Vaccine operations Central Provinces & Berar 1912-1920 - 1912-1920
Year: 1912
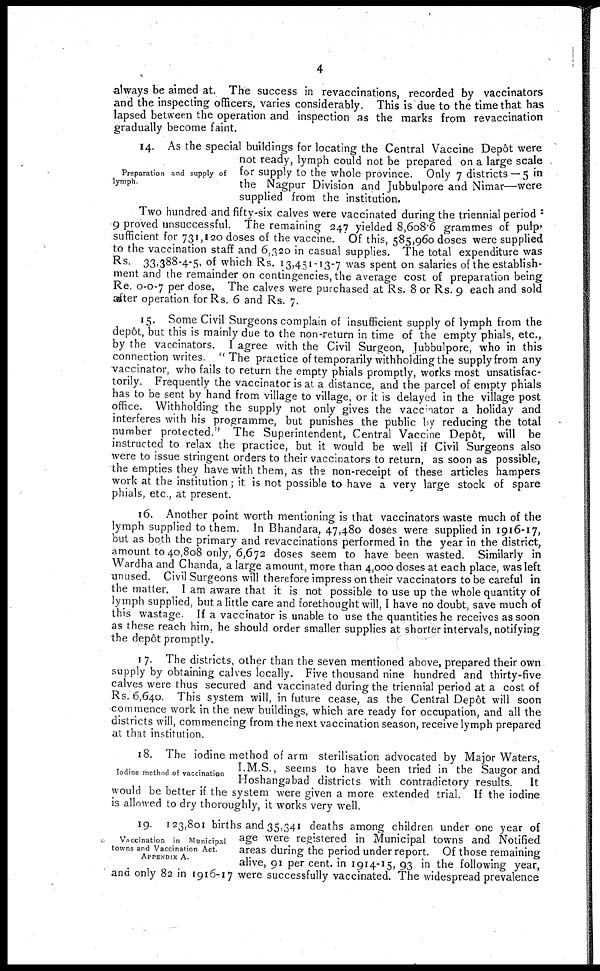
4
always be aimed at. The success in revaccinations, recorded by vaccinators
and the inspecting officers, varies considerably. This is due to the time that has
lapsed between the operation and inspection as the marks from revaccination
gradually become faint.
Preparation and supply of
lymph
14. As the special buildings for locating the Central Vaccine Depôt were
not ready, lymph could not be prepared on a large scale
for supply to the whole province. Only 7 districts —5 in
the Nagpur Division and Jubbulpore and Nimar—were
supplied from the institution.
Two hundred and fifty-six calves were vaccinated during the triennial period :
9 proved unsuccessful. The remaining 247 yielded 8,608.6 grammes of pulp>
sufficient for 731,120 doses of the vaccine. Of this, 585,960 doses were supplied
to the vaccination staff and 6,320 in casual supplies. The total expenditure was
Rs. 33,388-4-5, of which Rs. 13,451-13-7 was spent on salaries of the establish-
ment and the remainder on contingencies, the average cost of preparation being
Re. 0-0-7 per dose. The calves were purchased at Rs. 8 or Rs. 9 each and sold
alter operation for Rs. 6 and Rs. 7.
15. Some Civil Surgeons complain of insufficient supply of lymph from the
depôt, but this is mainly due to the non-return in time of the empty phials, etc.,
by the vaccinators. I agree with the Civil Surgeon, Jubbulpore, who in this
connection writes. " The practice of temporarily withholding the supply from any
vaccinator, who fails to return the empty phials promptly, works most unsatisfac-
torily. Frequently the vaccinator is at a distance, and the parcel of empty phials
has to be sent by hand from village to village, or it is delayed in the village post
office. Withholding the supply not only gives the vaccinator a holiday and
interferes with his programme, but punishes the public by reducing the total
number protected." The Superintendent, Central Vaccine Depôt, will be
instructed to relax the practice, but it would be well if Civil Surgeons also
were to issue stringent orders to their vaccinators to return, as soon as possible,
the empties they have with them, as the non-receipt of these articles hampers
work at the institution ; it is not possible to have a very large stock of spare
phials, etc , at present.
16. Another point worth mentioning is that vaccinators waste much of the
lymph supplied to them. In Bhandara, 47,480 doses were supplied in 1916-17,
but as both the primary and revaccinations performed in the year in the district,
amount to 40,808 only, 6,672 doses seem to have been wasted. Similarly in
Wardha and Chanda, a large amount, more than 4,000 doses at each place, was left
unused. Civil Surgeons will therefore impress on their vaccinators to be careful in
the matter. I am aware that it is not possible to use up the whole quantity of
lymph supplied, but a little care and forethought will, I have no doubt, save much of
this wastage If a vaccinator is unable to use the quantities he receives as soon
as these reach him, he should order smaller supplies at shorter intervals, notifying
the depôt promptly.
17. The districts, other than the seven mentioned above, prepared their own
supply by obtaining calves locally. Five thousand nine hundred and thirty-five
calves were thus secured and vaccinated during the triennial period at a cost of
Rs. 6,640. This system will, in future cease, as the Central Depôt will soon
commence work in the new buildings, which are ready for occupation, and all the
districts will, commencing from the next vaccination season, receive lymph prepared
at that institution.
Iodine method of vaccination
18. The iodine method of arm sterilisation advocated by Major Waters,
I.M.S., seems to have been tried in the Saugor and
Hoshangabad districts with contradictory results. It
would be better if the system were given a more extended trial. If the iodine
is allowed to dry thoroughly, it works very well.
Vaccination in Municipal
towns and Vaccination Act.
APPENDIX A.
19. 123,801 births and 35,341 deaths among children under one year of
age were registered in Municipal towns and Notified
areas during the period under report. Of those remaining
alive, 91 per cent. in 1914-15, 93 in the following year.
and only 82 in 1916-17 were successfully vaccinated. The widespread prevalence